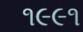
૧૯૯૧